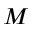
M